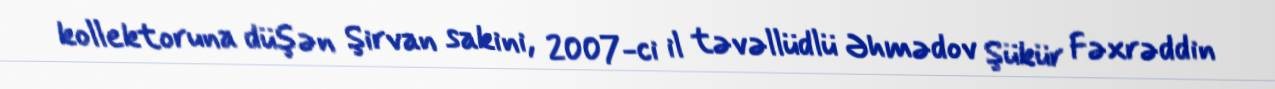
kollektoruna düşən Şirvan sakini, 2007-ci il təvəllüdlü Əhmədov Şükür Fəxrəddin